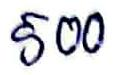
500